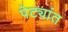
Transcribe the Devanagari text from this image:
पेट्यांत